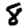
Digit: 8